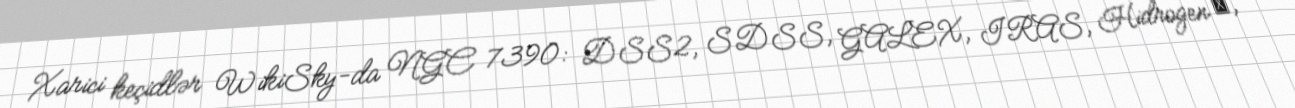
Xarici keçidlər WikiSky-da NGC 7390: DSS2, SDSS, GALEX, IRAS, Hidrogen α,